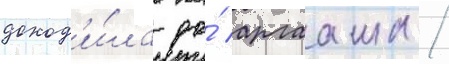
доход'и́ла до́ аргааша /